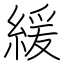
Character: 緩